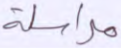
مراسلة